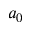
a _ { 0 }